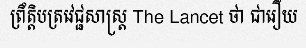
ព្រឹត្តិបត្រវេជ្ជសាស្ត្រ The Lancet ថា ជារឿយ